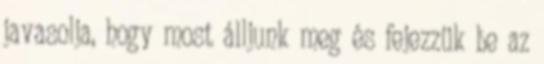
javasolja, hogy most álljunk meg és fejezzük be az